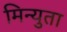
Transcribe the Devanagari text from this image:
मिन्युता